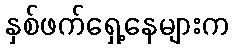
နှစ်ဖက်ရှေ့နေများက